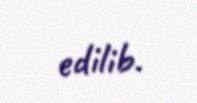
edilib.